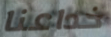
خداعنا